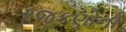
રજકણોનો